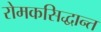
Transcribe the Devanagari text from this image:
रोमकसिद्धान्त